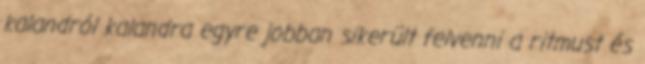
kalandról kalandra egyre jobban sikerült felvenni a ritmust és